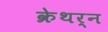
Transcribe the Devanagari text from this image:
क्रेथर्न